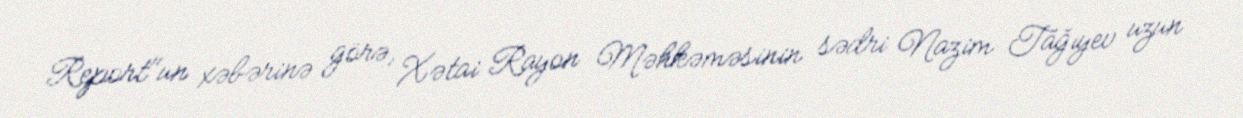
Report"un xəbərinə görə, Xətai Rayon Məhkəməsinin sədri Nazim Tağıyev uzun